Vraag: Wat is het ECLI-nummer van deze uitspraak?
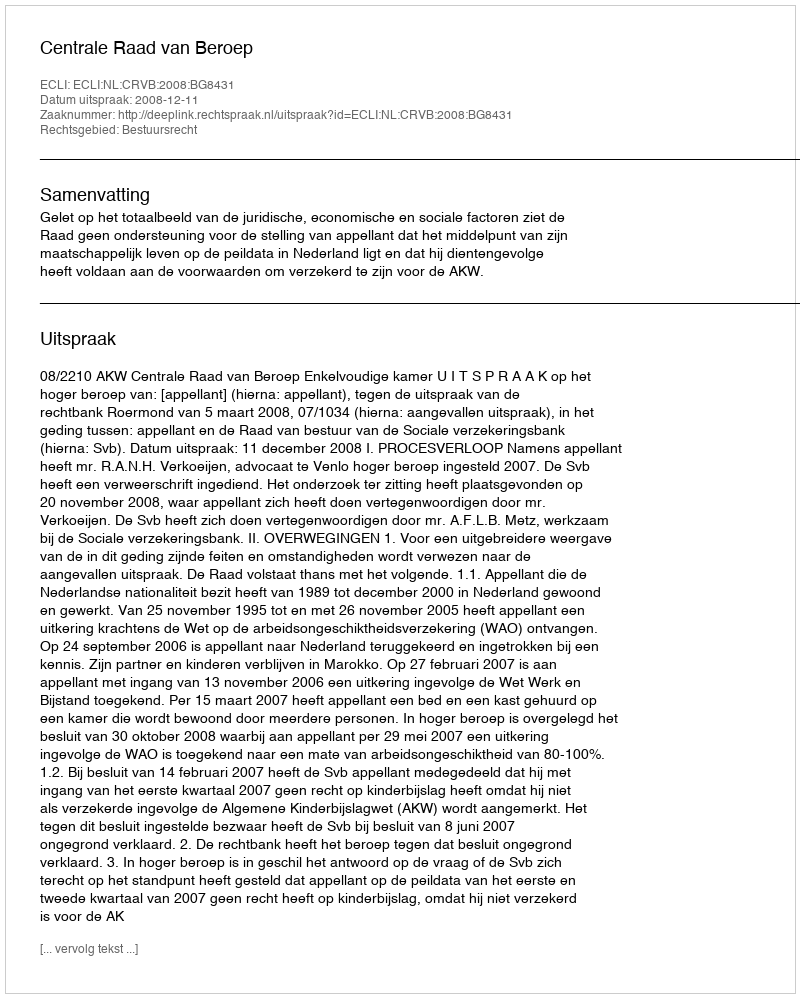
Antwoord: ECLI:NL:CRVB:2008:BG8431